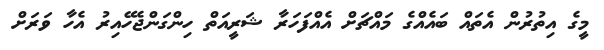
މީގެ އިތުރުން އެތައް ބައެއްގެ މައްޗަށް އެއްފަހަރާ ޝަރީއަތް ހިންގަންޖެހޭއިރު އެހާ ވަރަށް